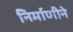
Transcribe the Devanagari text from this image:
निर्माणीने